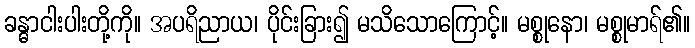
ခန္ဓာငါးပါးတို့ကို။ အပရိညာယ၊ ပိုင်းခြား၍ မသိသောကြောင့်။ မစ္စုနော၊ မစ္စုမာရ်၏။